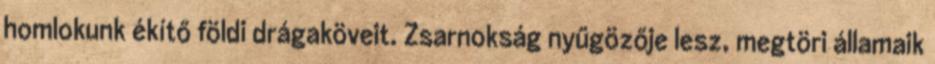
homlokunk ékítő földi drágaköveit. Zsarnokság nyűgözője lesz, megtöri államaik